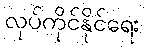
လုပ်ကိုင်နိုင်ရေး